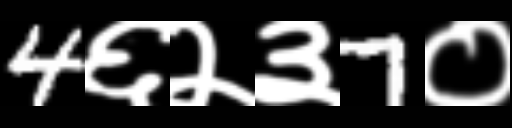
Text: 4६२३7०